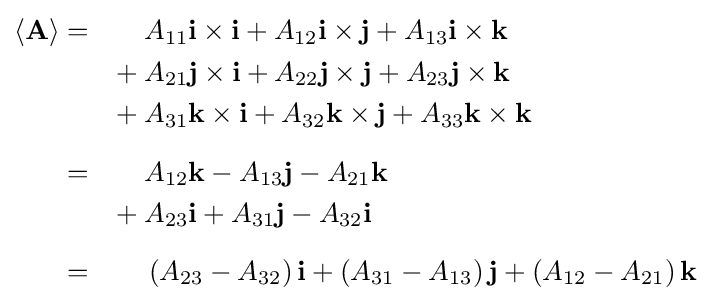
{\begin{aligned}\langle \mathbf {A} \rangle =\qquad &A_{11}\mathbf {i} \times \mathbf {i} +A_{12}\mathbf {i} \times \mathbf {j} +A_{13}\mathbf {i} \times \mathbf {k} \\{}+{}&A_{21}\mathbf {j} \times \mathbf {i} +A_{22}\mathbf {j} \times \mathbf {j} +A_{23}\mathbf {j} \times \mathbf {k} \\{}+{}&A_{31}\mathbf {k} \times \mathbf {i} +A_{32}\mathbf {k} \times \mathbf {j} +A_{33}\mathbf {k} \times \mathbf {k} \\[6pt]=\qquad &A_{12}\mathbf {k} -A_{13}\mathbf {j} -A_{21}\mathbf {k} \\{}+{}&A_{23}\mathbf {i} +A_{31}\mathbf {j} -A_{32}\mathbf {i} \\[6pt]=\qquad &\left(A_{23}-A_{32}\right)\mathbf {i} +\left(A_{31}-A_{13}\right)\mathbf {j} +\left(A_{12}-A_{21}\right)\mathbf {k} \\\end{aligned}}